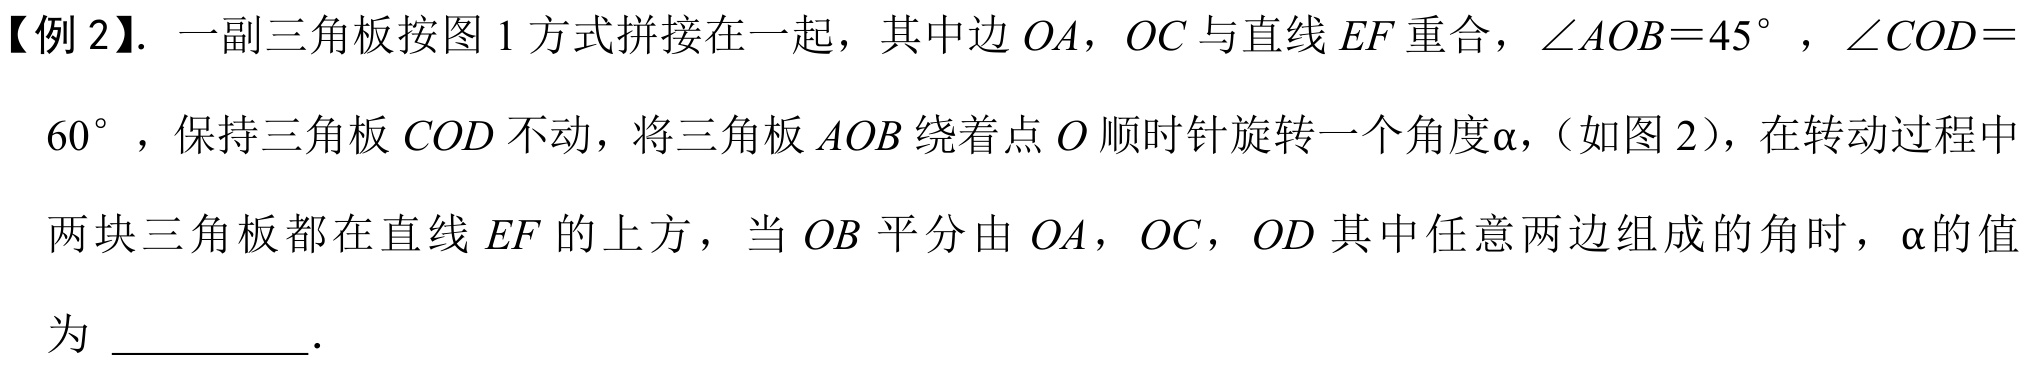
【例 2】. 一副三角板按图 1 方式拼接在一起，其中边 \(OA\)，\(OC\) 与直线 \(EF\) 重合，\(\angle AOB = 45^{\circ}\) ，\(\angle COD =\)
\(60^{\circ}\)，保持三角板 \(COD\) 不动，将三角板 \(AOB\) 绕着点 \(O\) 顺时针旋转一个角度\(\alpha\)，（如图 2），在转动过程中
两块三角板都在直线 \(EF\) 的上方，当 \(OB\) 平分由 \(OA\)，\(OC\)，\(OD\) 其中任意两边组成的角时，\(\alpha\)的值
为 _________.